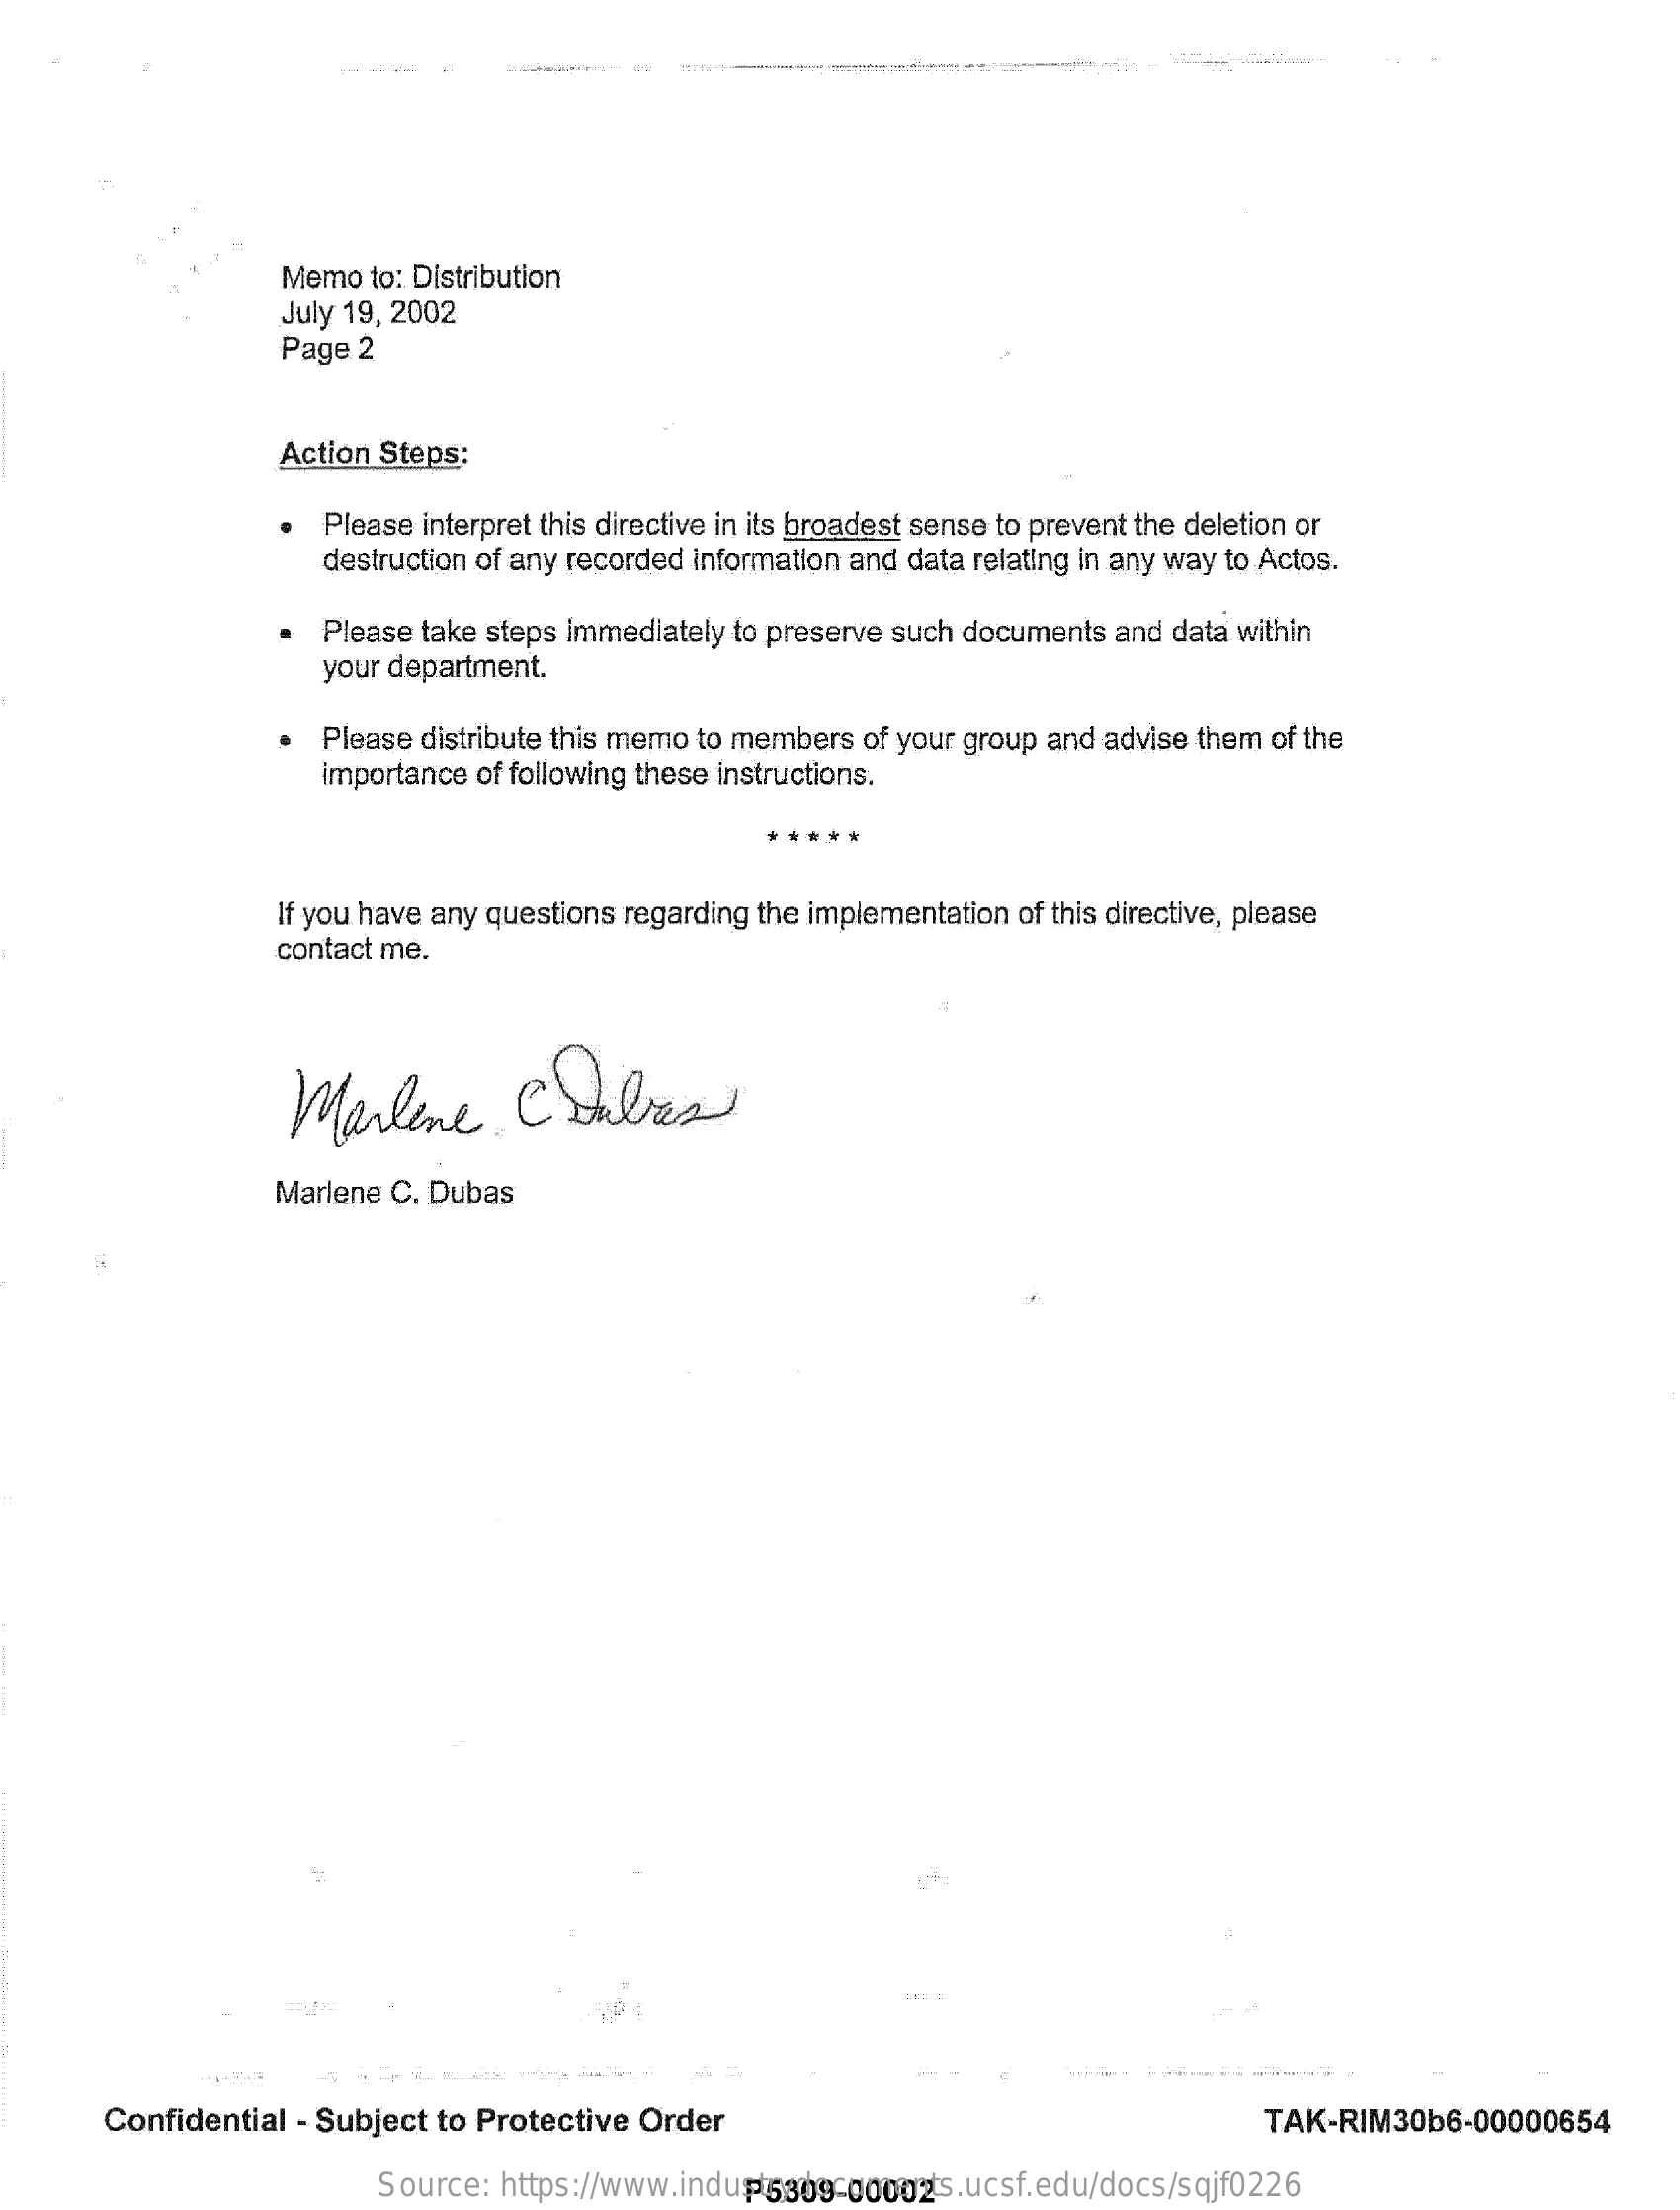
Memo  to: Distribution
     July 19, 2002
     Page 2
     Action  Steps:
     Please interpret this directive in its broadest sense to prevent the deletion or
     destruction of any recorded information and data relating in any way to Actos.
     Please  take steps Immediately  to preserve such documents   and data within
     your department.
     Please distribute this memo to members  of your group  and advise them  of the
     importance  of following these instructions.
     If you have any questions regarding the implementation  of this directive, please
     contact me.
     Marlene    CSabes
     Marlene  C. Dubas
     Confidential   - Subject to Protective   Order    TAK-RIM30b6-00000654
     Source:   https://www.industrydocuments.ucsf.edu/docs/sqjf0226 P5309-00002